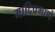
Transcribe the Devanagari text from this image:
मादिप्रमाणे